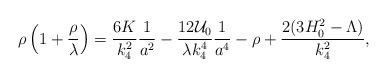
LaTeX: \begin{align*}\rho \left( 1+\frac{\rho}{\lambda} \right) = \frac{6K}{k_4^2}\frac1{a^2} - \frac{12{\cal U}_0}{\lambda k_4^4} \frac1{a^4} -\rho + \frac{2(3H_0^2-\Lambda)}{k_4^2},\end{align*}